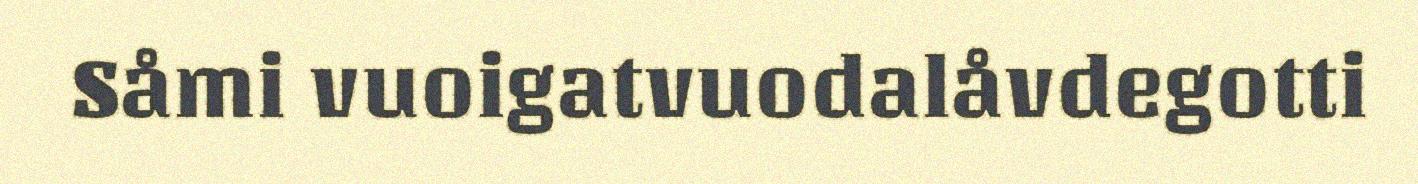
Såmi vuoigatvuodalåvdegotti